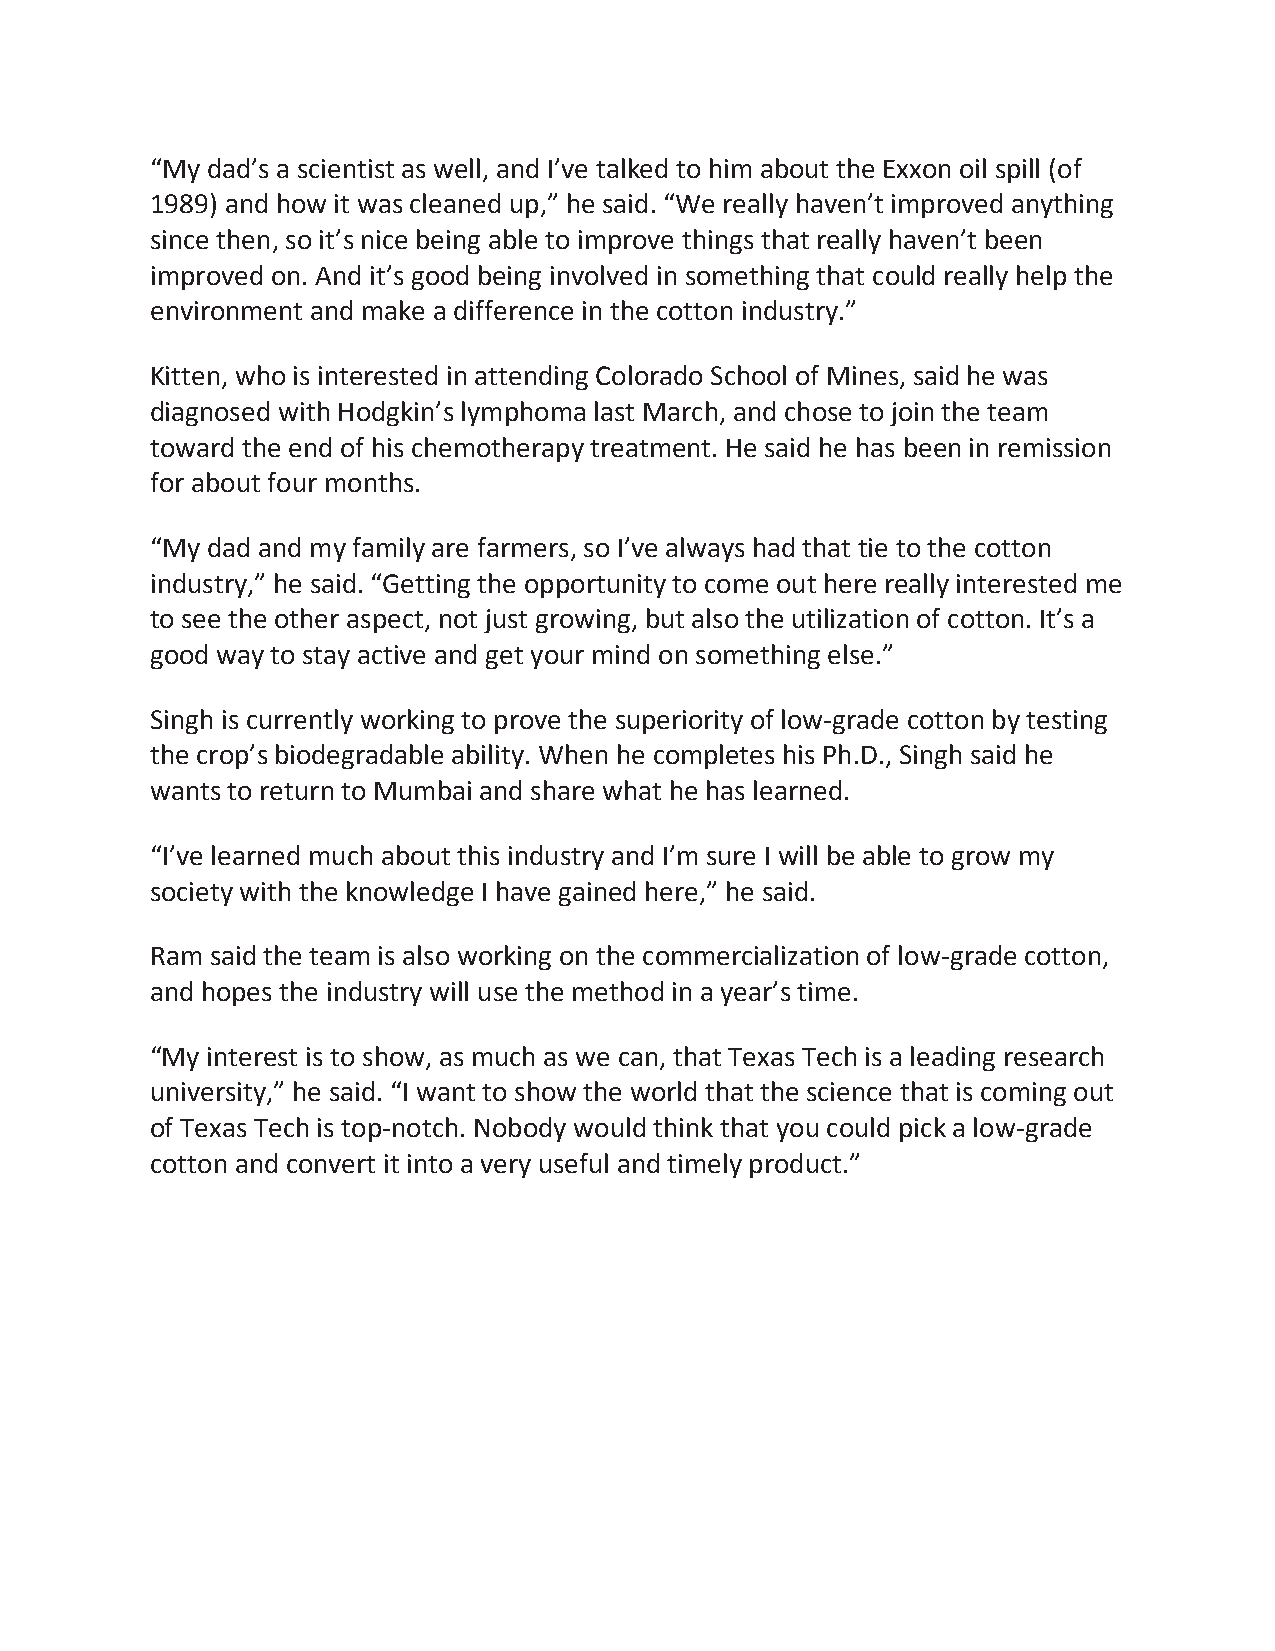
“My dad’s a scientist as well, and I’ve talked to him about the Exxon oil spill (of
 1989) and how it was cleaned up,” he said. “We really haven’t improved anything
 since then, so it’s nice being able to improve things that really haven’t been
 improved on. And it’s good being involved in something that could really help the
 environment and make a difference in the cotton industry.”
 Kitten, who is interested in attending Colorado School of Mines, said he was
 diagnosed with Hodgkin’s lymphoma last March, and chose to join the team
 toward the end of his chemotherapy treatment. He said he has been in remission
 for about four months.
 “My dad and my family are farmers, so I’ve always had that tie to the cotton
 industry,” he said. “Getting the opportunity to come out here really interested me
 to see the other aspect, not just growing, but also the utilization of cotton. It’s a
 good way to stay active and get your mind on something else.”
 Singh is currently working to prove the superiority of low-grade cotton by testing
 the crop’s biodegradable ability. When he completes his Ph.D., Singh said he
 wants to return to Mumbai and share what he has learned.
 “I’ve learned much about this industry and I’m sure I will be able to grow my
 society with the knowledge I have gained here,” he said.
 Ram said the team is also working on the commercialization of low-grade cotton,
 and hopes the industry will use the method in a year’s time.
 “My interest is to show, as much as we can, that Texas Tech is a leading research
 university,” he said. “I want to show the world that the science that is coming out
 of Texas Tech is top-notch. Nobody would think that you could pick a low-grade
 cotton and convert it into a very useful and timely product.”